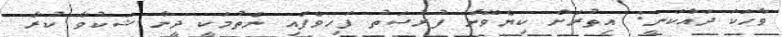
ވާހަކަ ދައްކަނީ: އިތުރަށް ކިޔެވޭނެ ފުރުސަތު ފަހިވެފައި ނެތުމަކީ ދީނާ ޝަކުވާ ކުރާ